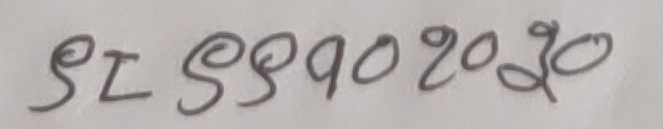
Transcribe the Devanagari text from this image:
९L ९९१०२०३०